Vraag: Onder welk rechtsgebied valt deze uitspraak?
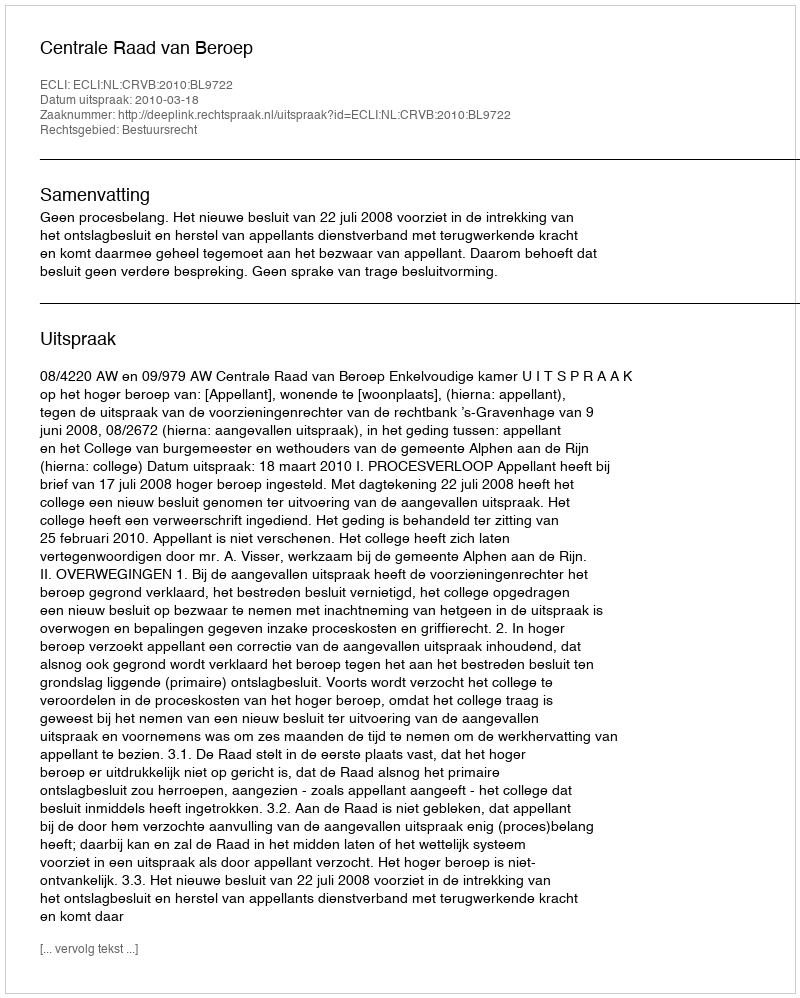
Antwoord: Bestuursrecht